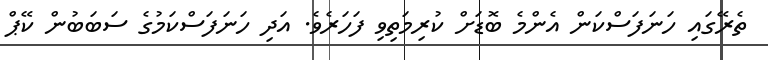
ތެރޭގައި ހަނަފަސްކަން އެންމެ ބޮޑަށް ކުރިމަތިވި ފަހަރެވެ. އަދި ހަނަފަސްކަމުގެ ސަބަބުން ކޭޕް